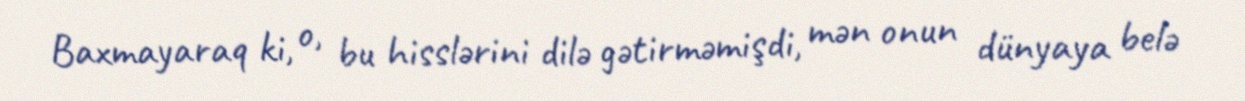
Baxmayaraq ki, o, bu hisslərini dilə gətirməmişdi, mən onun dünyaya belə